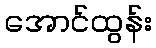
အောင်ထွန်း